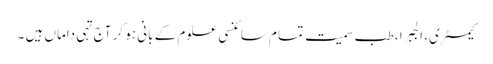
کیمسٹری، الجبرا ،طب سمیت تمام سائنسی علوم کے بانی ہو کر آج تہی داماں ہیں ۔